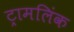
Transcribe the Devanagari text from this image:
ट्रामलिंक